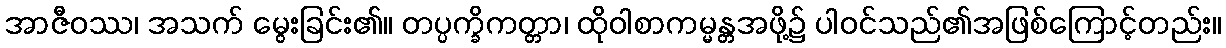
အာဇီဝဿ၊ အသက် မွေးခြင်း၏။ တပ္ပက္ခိကတ္တာ၊ ထိုဝါစာကမ္မန္တအဖို့၌ ပါဝင်သည်၏အဖြစ်ကြောင့်တည်း။